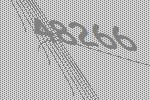
48266